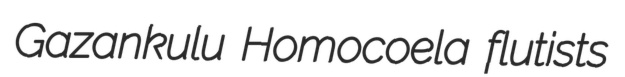
Gazankulu Homocoela flutists